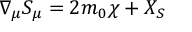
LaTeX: \nabla _ { \mu } S _ { \mu } = 2 m _ { 0 } \chi + X _ { S } \nonumber